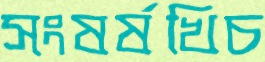
সংষর্ষখিচ